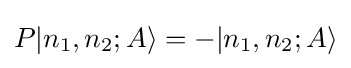
P|n_{1},n_{2};A\rangle =-|n_{1},n_{2};A\rangle